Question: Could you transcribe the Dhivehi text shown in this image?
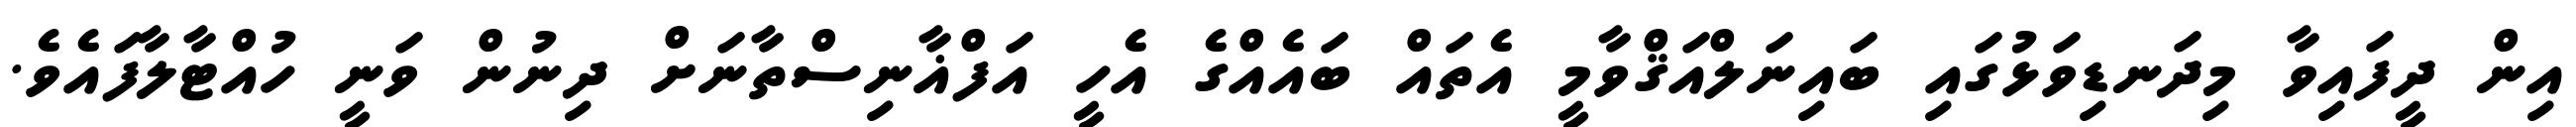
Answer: އިން ދީފައިވާ މިދަނޑިވަޅުގައި ބައިނަލްއަޤްވާމީ އެތައް ބައެއްގެ އެހީ އަފްޣާނިސްތާނަށް ދިނުން ވަނީ ހުއްޓާލާފައެވެ.